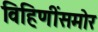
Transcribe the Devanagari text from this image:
विहिणींसमोर